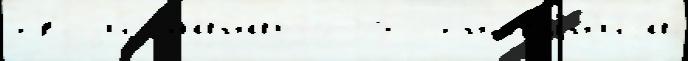
своjи́ манат3 30 основа́н'иjа